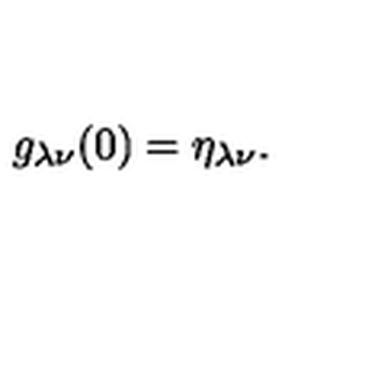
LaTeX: g _ { \lambda \nu } ( 0 ) = \eta _ { \lambda \nu } .